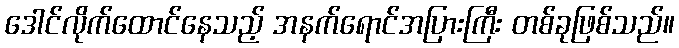
ဒေါင်လိုက်ထောင်နေသည့် အနက်ရောင်အပြားကြီး တစ်ခုဖြစ်သည်။